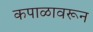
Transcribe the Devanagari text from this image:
कपाळावरून